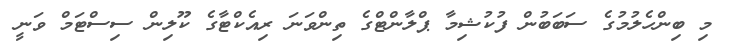
މި ބިންހެލުމުގެ ސަބަބުން ފުކުޝިމާ ޕްލާންޓްގެ ތިންވަނަ ރިއެކްޓާގެ ކޫލިން ސިސްޓަމް ވަނީ